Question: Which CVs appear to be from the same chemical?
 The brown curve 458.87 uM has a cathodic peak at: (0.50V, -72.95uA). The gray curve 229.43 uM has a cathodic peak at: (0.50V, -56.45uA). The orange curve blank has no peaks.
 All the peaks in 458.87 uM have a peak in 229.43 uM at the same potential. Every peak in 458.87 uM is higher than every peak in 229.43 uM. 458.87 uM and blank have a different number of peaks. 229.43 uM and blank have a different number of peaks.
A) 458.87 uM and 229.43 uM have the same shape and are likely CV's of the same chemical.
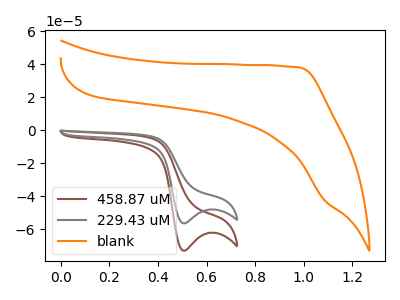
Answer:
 <answer>A) "458.87 uM" and "229.43 uM" have the same shape and are likely CV's of the same chemical.</answer>
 <eval>A</eval>